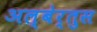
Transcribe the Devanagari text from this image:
अल्बेर्तुस